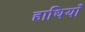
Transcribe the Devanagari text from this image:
हाथियाँ